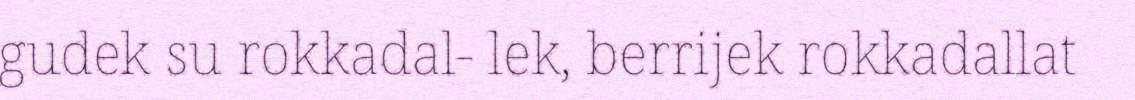
gudek su rokkadal- lek, berrijek rokkadallat